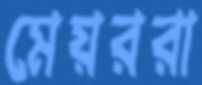
মেয়ররা